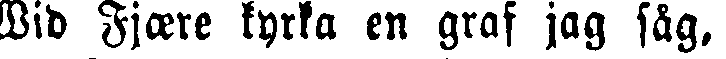
Wid Fjære kyrka en graf jag såg,